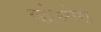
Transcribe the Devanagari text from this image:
व्होस्गेस